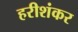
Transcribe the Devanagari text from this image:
हरीशंकर